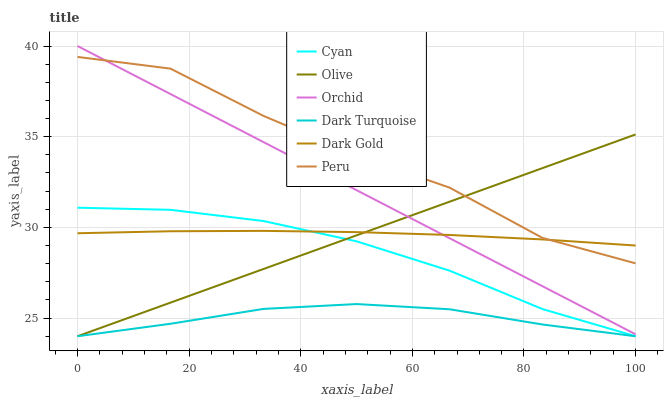
| xaxis_label | Cyan | Olive | Orchid | Dark Turquoise | Dark Gold | Peru |
 | --- | --- | --- | --- | --- | --- | --- |
 | 0 | 31.1 | 24 | 40 | 24 | 29.7 | 39.4 |
 | 16.7 | 31 | 25.9 | 37.4 | 24.7 | 29.8 | 38.8 |
 | 33.3 | 30.4 | 27.7 | 34.7 | 25.5 | 29.8 | 36.1 |
 | 50 | 29.2 | 29.6 | 32.1 | 25.8 | 29.7 | 34 |
 | 66.7 | 27.6 | 31.4 | 29.4 | 25.5 | 29.6 | 32.2 |
 | 83.3 | 25.5 | 33.3 | 26.8 | 24.6 | 29.3 | 29.4 |
 | 100 | 24 | 35.1 | 24.1 | 24 | 29 | 28 |